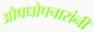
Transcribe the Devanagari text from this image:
औषधोपचारांनी